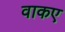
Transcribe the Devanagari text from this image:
वाकए